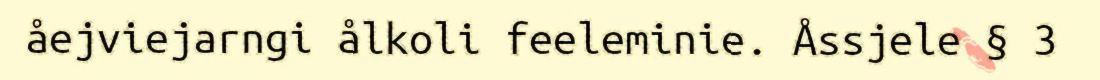
åejviejarngi ålkoli feeleminie. Åssjele § 3